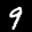
Label: 9